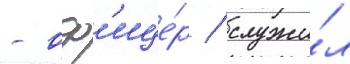
- оф'ице́р / служи́л